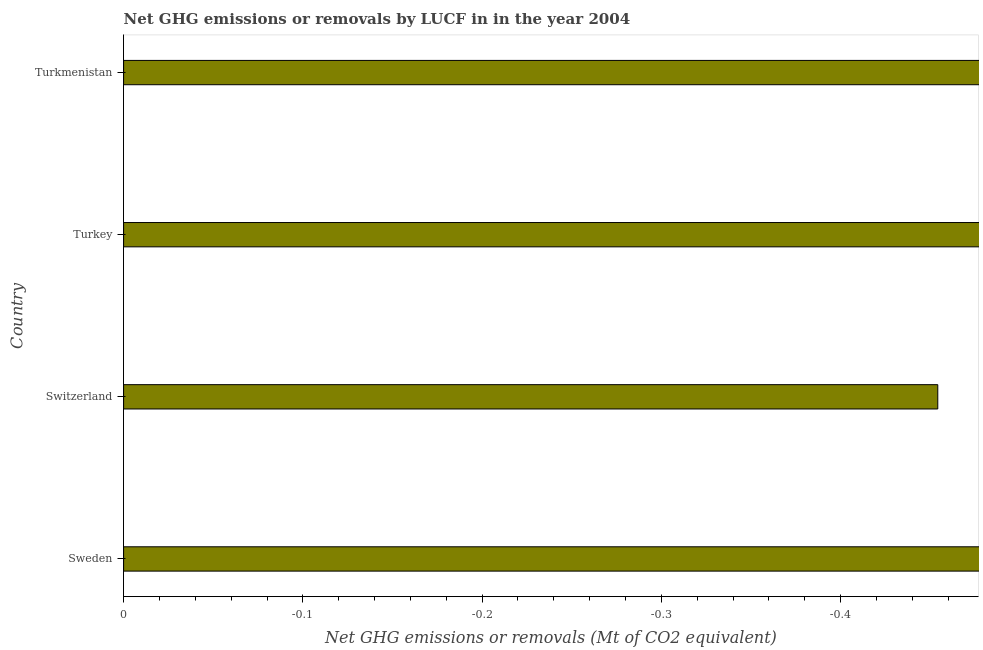
| Country | GHG net emissions or removals |
 | --- | --- |
 | Sweden | -36.4 |
 | Switzerland | -0.454 |
 | Turkey | -75.1 |
 | Turkmenistan | -0.83 |